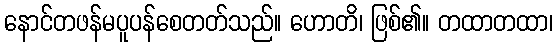
နောင်တဖန်မပူပန်စေတတ်သည်။ ဟောတိ၊ ဖြစ်၏။ တထာတထာ၊